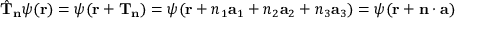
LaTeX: { \hat { \mathbf { T } } } _ { \mathbf { n } } \psi ( \mathbf { r } ) = \psi ( \mathbf { r } + \mathbf { T } _ { \mathbf { n } } ) = \psi ( \mathbf { r } + n _ { 1 } \mathbf { a } _ { 1 } + n _ { 2 } \mathbf { a } _ { 2 } + n _ { 3 } \mathbf { a } _ { 3 } ) = \psi ( \mathbf { r } + \mathbf { n } \cdot \mathbf { a } )